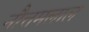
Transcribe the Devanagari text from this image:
नौत्तमलाल